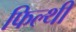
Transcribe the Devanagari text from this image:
फिल्थी